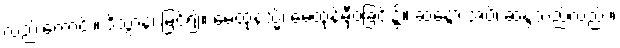
လည်းကောင်း။ ဒိသွာန၊ မြင်၍။ မေထုနသ္မိံ၊ မေထုန်မှီဝဲခြင်း၌။ ဆန္ဒော အပိ၊ ဆန္ဒသည်လည်း။